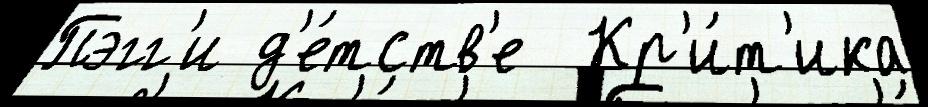
Пэгг'и д'е́тств'е  Кр'и́т'ика